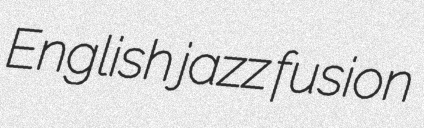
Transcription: English jazz fusion